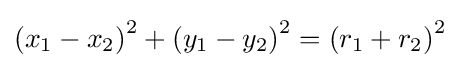
\left(x_{1}-x_{2}\right)^{2}+\left(y_{1}-y_{2}\right)^{2}=\left(r_{1}+r_{2}\right)^{2}